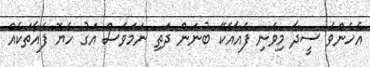
އެހެންވެ ސީދާ މިވެނި ފެއާއެކޭ ބުނަން ދަތި ނަމަވެސް އަގު ހެޔޮ ފެއާތަކެއް